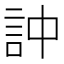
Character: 訲